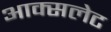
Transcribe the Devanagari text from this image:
आक्सलेट